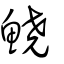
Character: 鱙